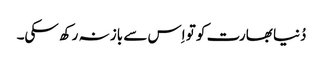
دُنیا بھارت کو تو اِس سے باز نہ رکھ سکی۔